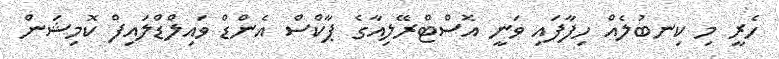
ހެރީ މި ކިނބުލެއް ހިފާފައި ވަނީ އޮސްޓްރޭލިއާގެ ޕާކްސް އެންޑް ވައިލްޑްލައިފް ކޮމިޝަން